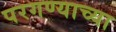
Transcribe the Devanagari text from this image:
परगण्याच्या